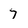
Character: 7